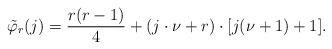
LaTeX: \begin{align*}\tilde{\varphi}_r(j)= \frac{r(r-1)}{4}+(j\cdot\nu+r)\cdot[j(\nu+1)+1].\end{align*}